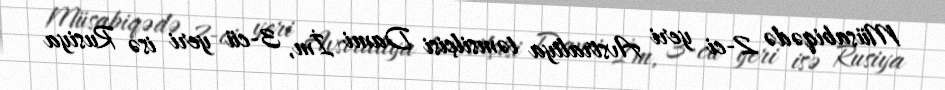
Müsabiqədə 2-ci yeri Avstraliya təmsilçisi Dami İm, 3-cü yeri isə Rusiya